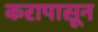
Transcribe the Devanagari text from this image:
करापासून